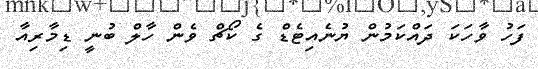
ފަހު ވާހަކަ ދައްކަމުން ޔުނެއިޓެޑް ގެ ކޯޗް ވެން ހާލް ބުނީ ޑިމާރިއާ